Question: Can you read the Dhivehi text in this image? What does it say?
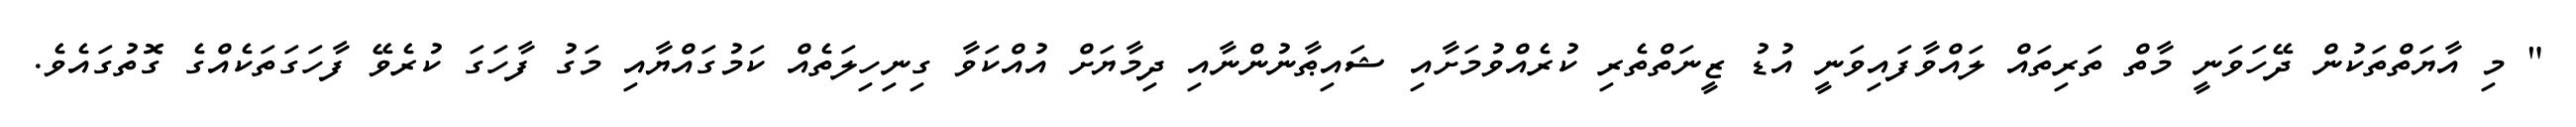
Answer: " މި އާޔަތްތަކުން ދޭހަވަނީ މާތް ތަރިތައް ލައްވާފައިވަނީ އުޑު ޒީނަތްތެރި ކުރެއްވުމަށާއި ޝައިޠާނުންނާއި ދިމާޔަށް އުއްކަވާ ގިނިހިލަތެއް ކަމުގައްޔާއި މަގު ފާހަގަ ކުރެވޭ ފާހަގަތަކެއްގެ ގޮތުގައެވެ.